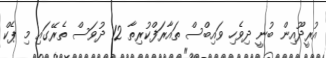
އުރީދޫއިން ބުނީ ދިވެހި ވައިބްސް ތައާރަފްކުރިތާ 12 ދުވަސް ތެރޭގައި މި ޕެކް